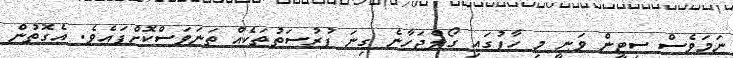
ނަމަވެސް ސިޓީން ވަނީ މި ހާފުގައި ގޯލްޖަހާނެ ގިނަ ފުރުސަތުތަކެއް ތަނަވަސްކޮށްފައެވެ. އެގޮތުން